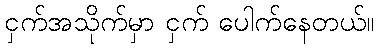
ငှက်အသိုက်မှာ ငှက် ပေါက်နေတယ်။